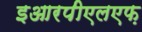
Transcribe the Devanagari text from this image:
इआरपीएलएफ़